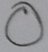
Text: O